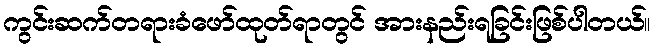
ကွင်းဆက်တရားခံဖော်ထုတ်ရာတွင် အားနည်းရခြင်းဖြစ်ပါတယ်။